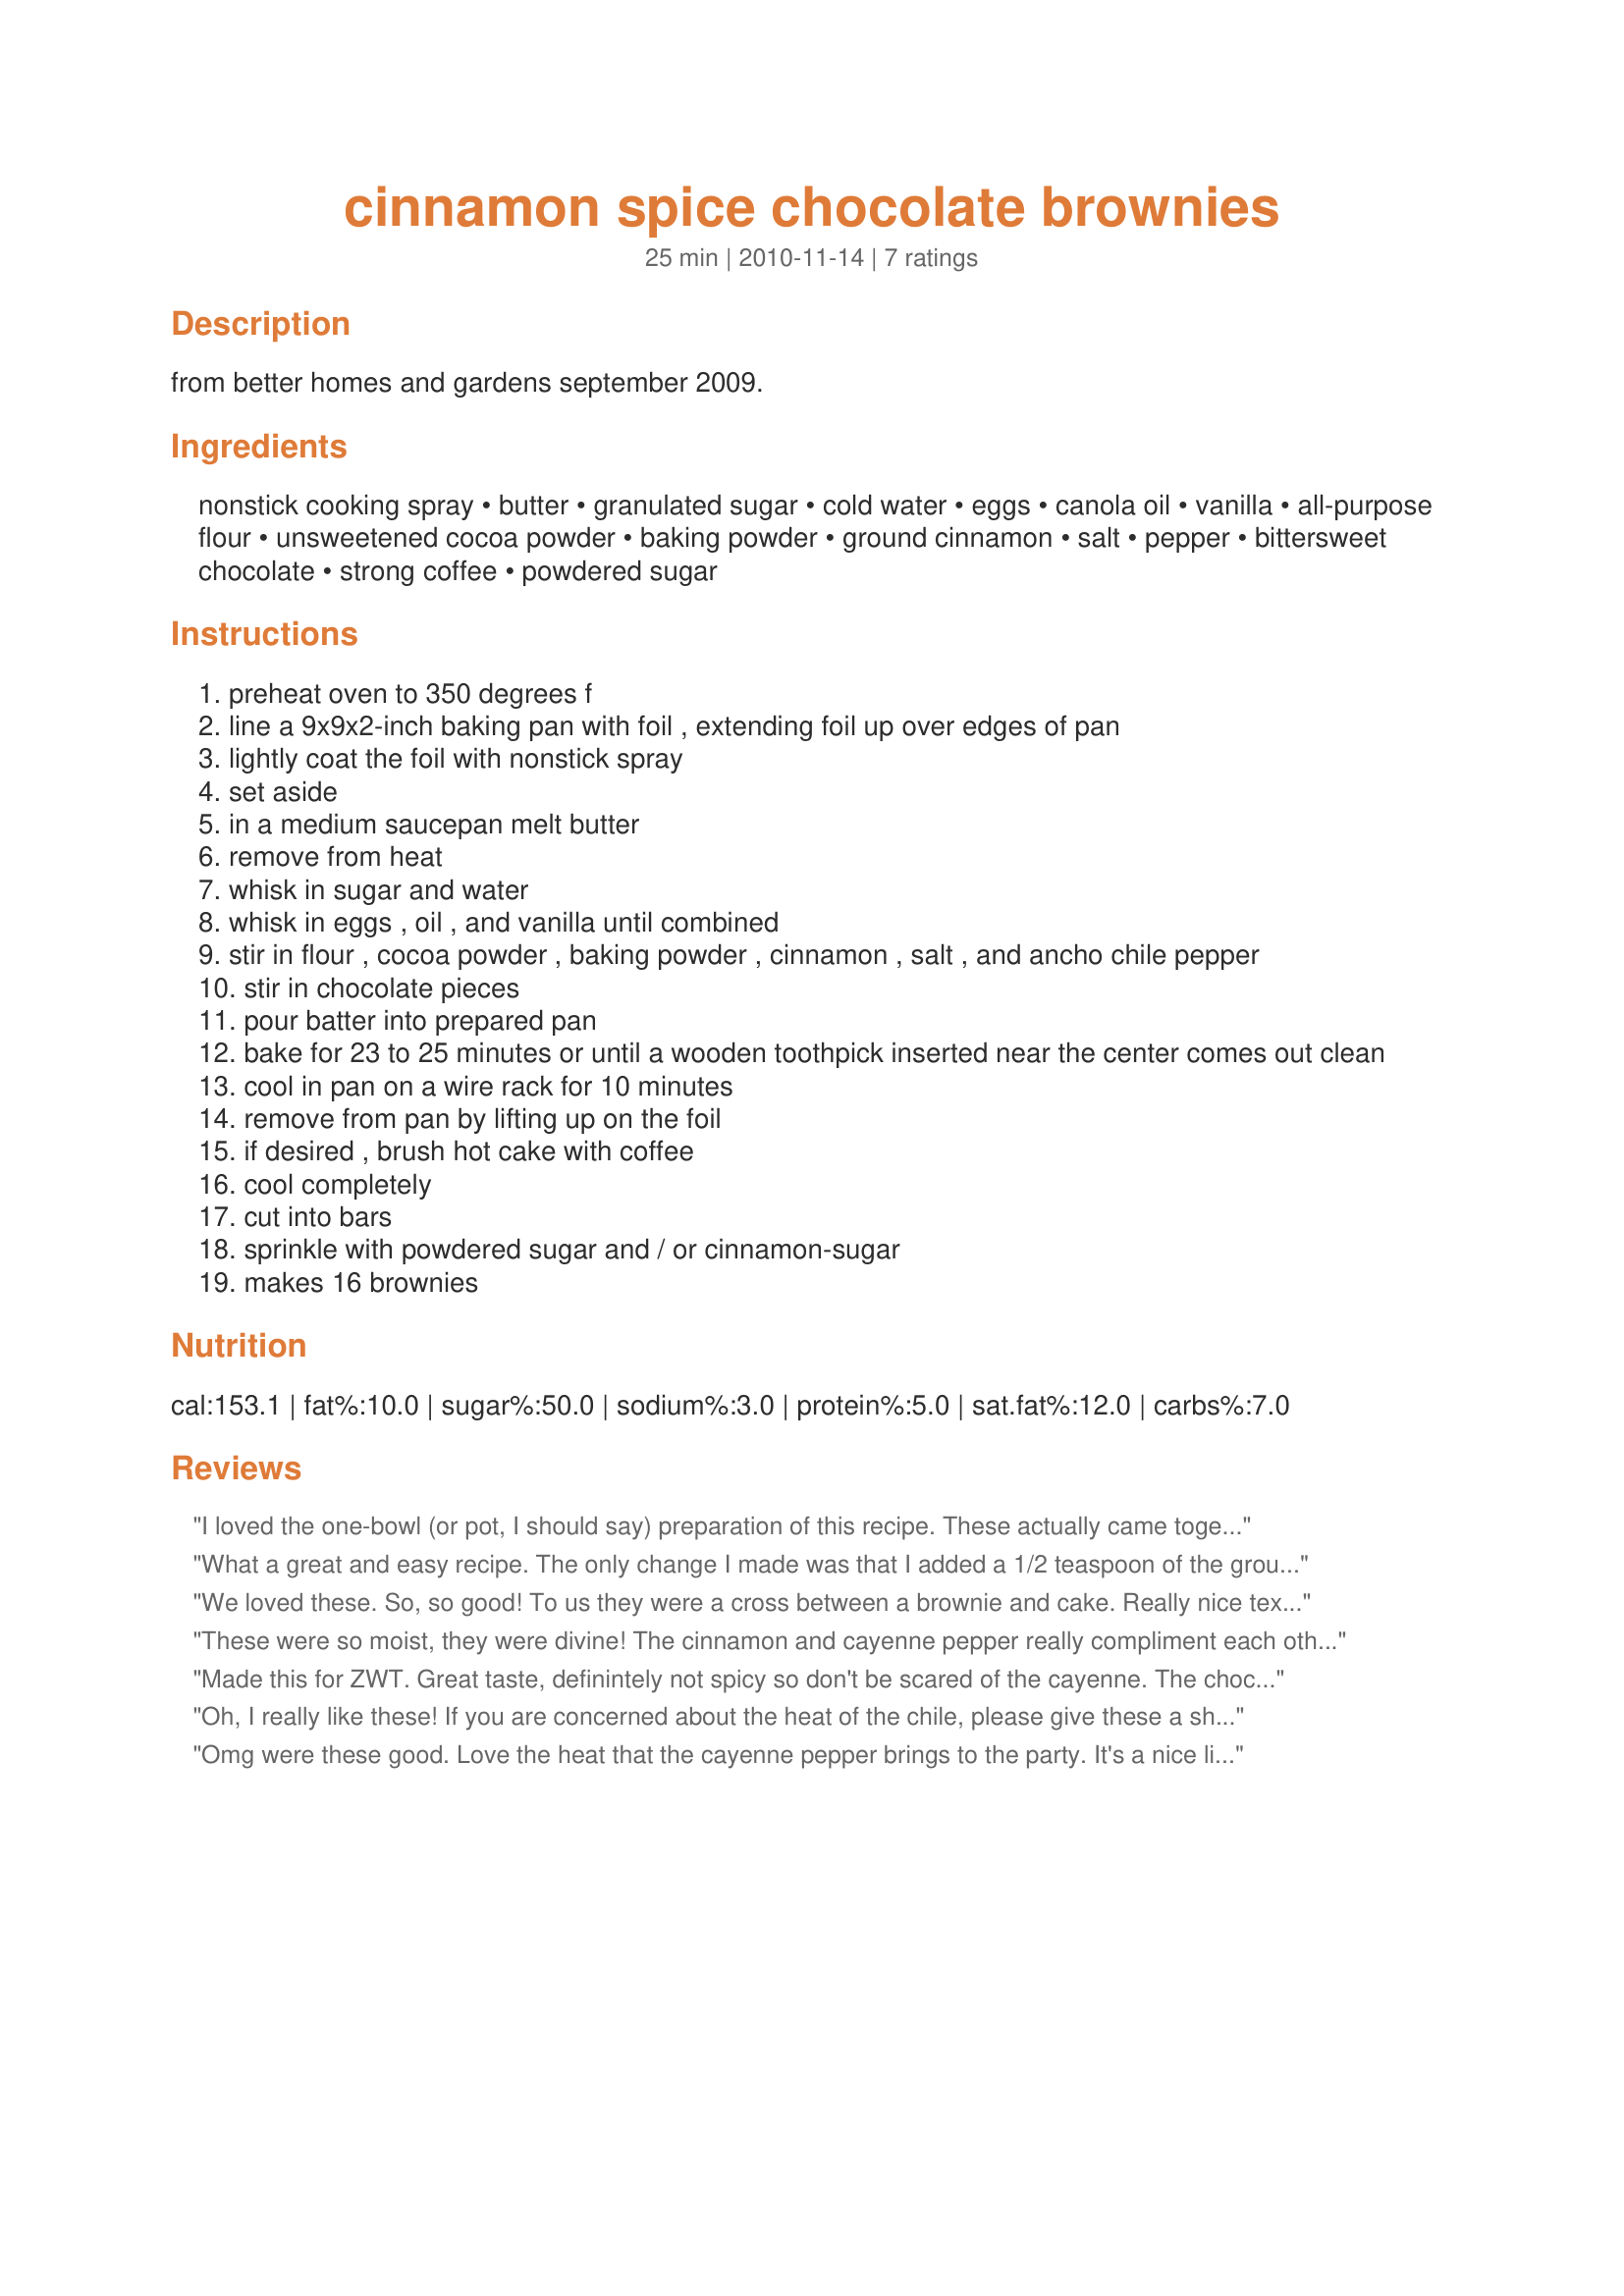
cinnamon spice chocolate brownies
Preparation time: 25 minutes

from better homes and gardens september 2009.

Ingredients:
nonstick cooking spray, butter, granulated sugar, cold water, eggs, canola oil, vanilla, all-purpose flour, unsweetened cocoa powder, baking powder, ground cinnamon, salt, pepper, bittersweet chocolate, strong coffee, powdered sugar

Steps:
preheat oven to 350 degrees f
line a 9x9x2-inch baking pan with foil , extending foil up over edges of pan
lightly coat the foil with nonstick spray
set aside
in a medium saucepan melt butter
remove from heat
whisk in sugar and water
whisk in eggs , oil , and vanilla until combined
stir in flour , cocoa powder , baking powder , cinnamon , salt , and ancho chile pepper
stir in chocolate pieces
pour batter into prepared pan
bake for 23 to 25 minutes or until a wooden toothpick inserted near the center comes out clean
cool in pan on a wire rack for 10 minutes
remove from pan by lifting up on the foil
if desired , brush hot cake with coffee
cool completely
cut into bars
sprinkle with powdered sugar and / or cinnamon-sugar
makes 16 brownies

Reviews:
I loved the one-bowl (or pot, I should say) preparation of this recipe. These actually came together very quickly. I used nonstick aluminum foil in the pan, which worked out perfectly. I used ancho chile powder and bittersweet chocolate pieces. I found that the batter did not spread evenly easily in the pan and only needed 23 minutes to bake. I did brush the brownies with the coffee and sprinkled them with powdered sugar. I found the texture to be more cake-like and not as moist as I would have expected. I didn't notice the chile at all but the flavor is a very rich chocolate a pronounced cinnamon flavor. Very nice. Made for ZWT 8.
What a great and easy recipe. The only change I made was that I added a 1/2 teaspoon of the ground ancho chile pepper instead of 1/8 of a teaspoon. The extra heat did nothing to distract from the great flavor. Made this for ZWT8 "Food of the Aztecs" Challenge, which the recipe has both vanilla and chocolate. Made for The Wild Bunch.
We loved these. So, so good! To us they were a cross between a brownie and cake. Really nice texture and so moist. We loved the subtle heat from the cayenne and cinnamon. I accidentally added the 2 T. of coffee to the batter. These came out so well, that I'll do that again next time I make them. I served them with vanilla bean ice cream. DH commented how good these were with each bite. Thanks for sharing the recipe.
These were so moist, they were divine! The cinnamon and cayenne pepper really compliment each other, so it was a bit of sweet and hot at the same time. I used the icing sugar for the topping, and it made the brownies all the more tempting to eat.
Made this for ZWT. Great taste, definintely not spicy so don't be scared of the cayenne. The chocolate pieces throughout really made a difference. My texture turned out more like a cake than a brownie. I also had to cook significantly longer than indicated.
Oh, I really like these! If you are concerned about the heat of the chile, please give these a shot. These give just the tiniest hint of spice in the aftertaste, and the flavor is otherwise just rich and delicious brownie! Both of my toddlers devoured them without a problem :). I used coconut oil and actually only used 1 T with success. I also mixed whole wheat and white flour. The best part for me was the coffee on top; I would remove the "optional" on that one! It added just a hint of moisture and flavor that was divine with some cinnamon sugar sprinkled on top. Thanks for posting :). Made for ZWT 8: The Wild Bunch.
Omg were these good. Love the heat that the cayenne pepper brings to the party. It's a nice little bit of warmth after you have eaten the brownie....so good. What's not too like, chocolate, chocolate, chocolate, coffee, cinnamon and vanilla. These rich decadent morsels will keep you smiling and coming back for more. Made exactly as written, garnished with a little icing sugar, wouldn't change a thing. Made for the Fearless Red Dragons - ZWT 8 --- Food of the Aztecs
